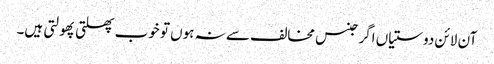
آن لائن دوستیاں اگر جنس مخالف سے نہ ہوں تو خوب پھلتی پھولتی ہیں۔